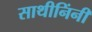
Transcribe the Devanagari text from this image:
साथीनिंनी